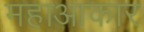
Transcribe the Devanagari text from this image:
महाआकार